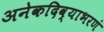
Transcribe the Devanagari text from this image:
अनेकदिव्याभरणं